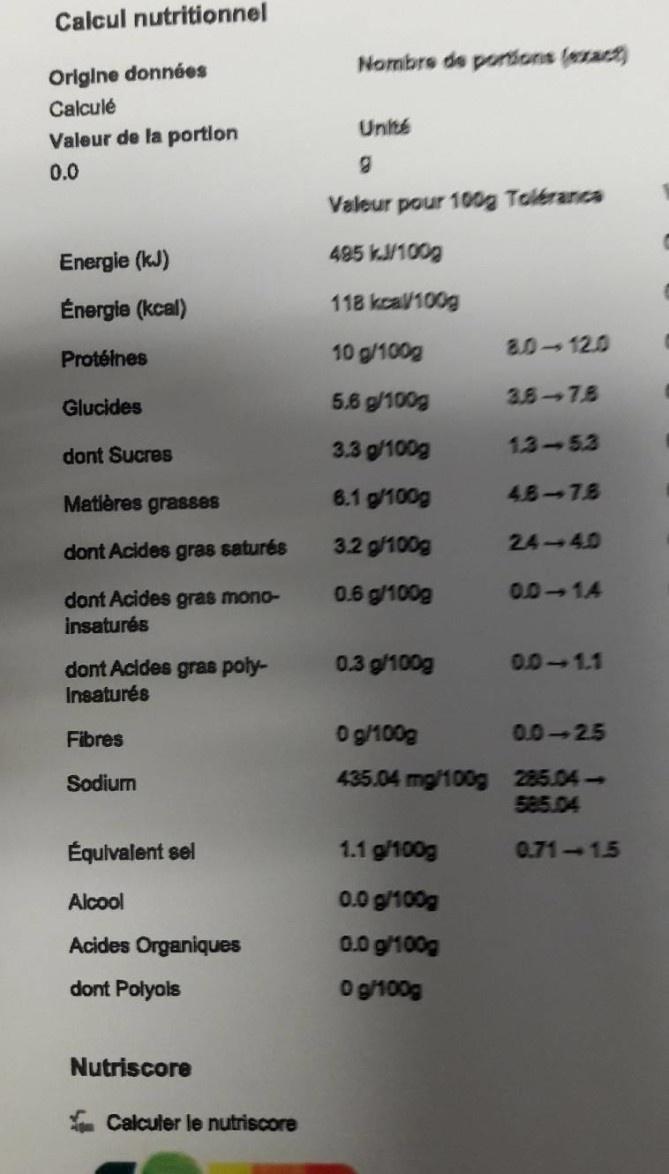
Calcul nutritionnel
Nombre de porions (ezact)
Origine données
Calculé
Unité
Valeur de la portion
0.0
Valeur pour 100g Talérance
Energie (kJ)
485 kJ/100g
Énergie (kcal)
118 kcal/100g
Protélnes
10 g/100g
8.0- 12.0
5.6 g/100g
3.6 7.8
Glucides
3.3 g/100g
1.3-5.3
dont Sucres
Matlères grasses
6.1 g/100g
4.6 7.8
dont Acides gras saturés
3.2 g/100g
24-40
0.6 g/100g
00-14
dont Acides gras mono- insaturés
0.3 g/100g
0.0-11
dont Acides gras poly- Insaturés
Fibres
O g/100g
0.0-25
435.04 mg/100g 285.04- 585.04
Sodium
Équlvalent sel
1.1 g/100g
0.71- 1.5
Alcool
0.0 g/100g
Acides Organiques
0.0 g100g
dont Polyols
O g'100g
Nutriscore
Calculer le nutriscore